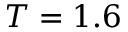
T = 1 . 6